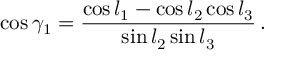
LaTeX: \cos \gamma _ { 1 } = { \frac { \cos l _ { 1 } - \cos l _ { 2 } \cos l _ { 3 } } { \sin l _ { 2 } \sin l _ { 3 } } } \, .